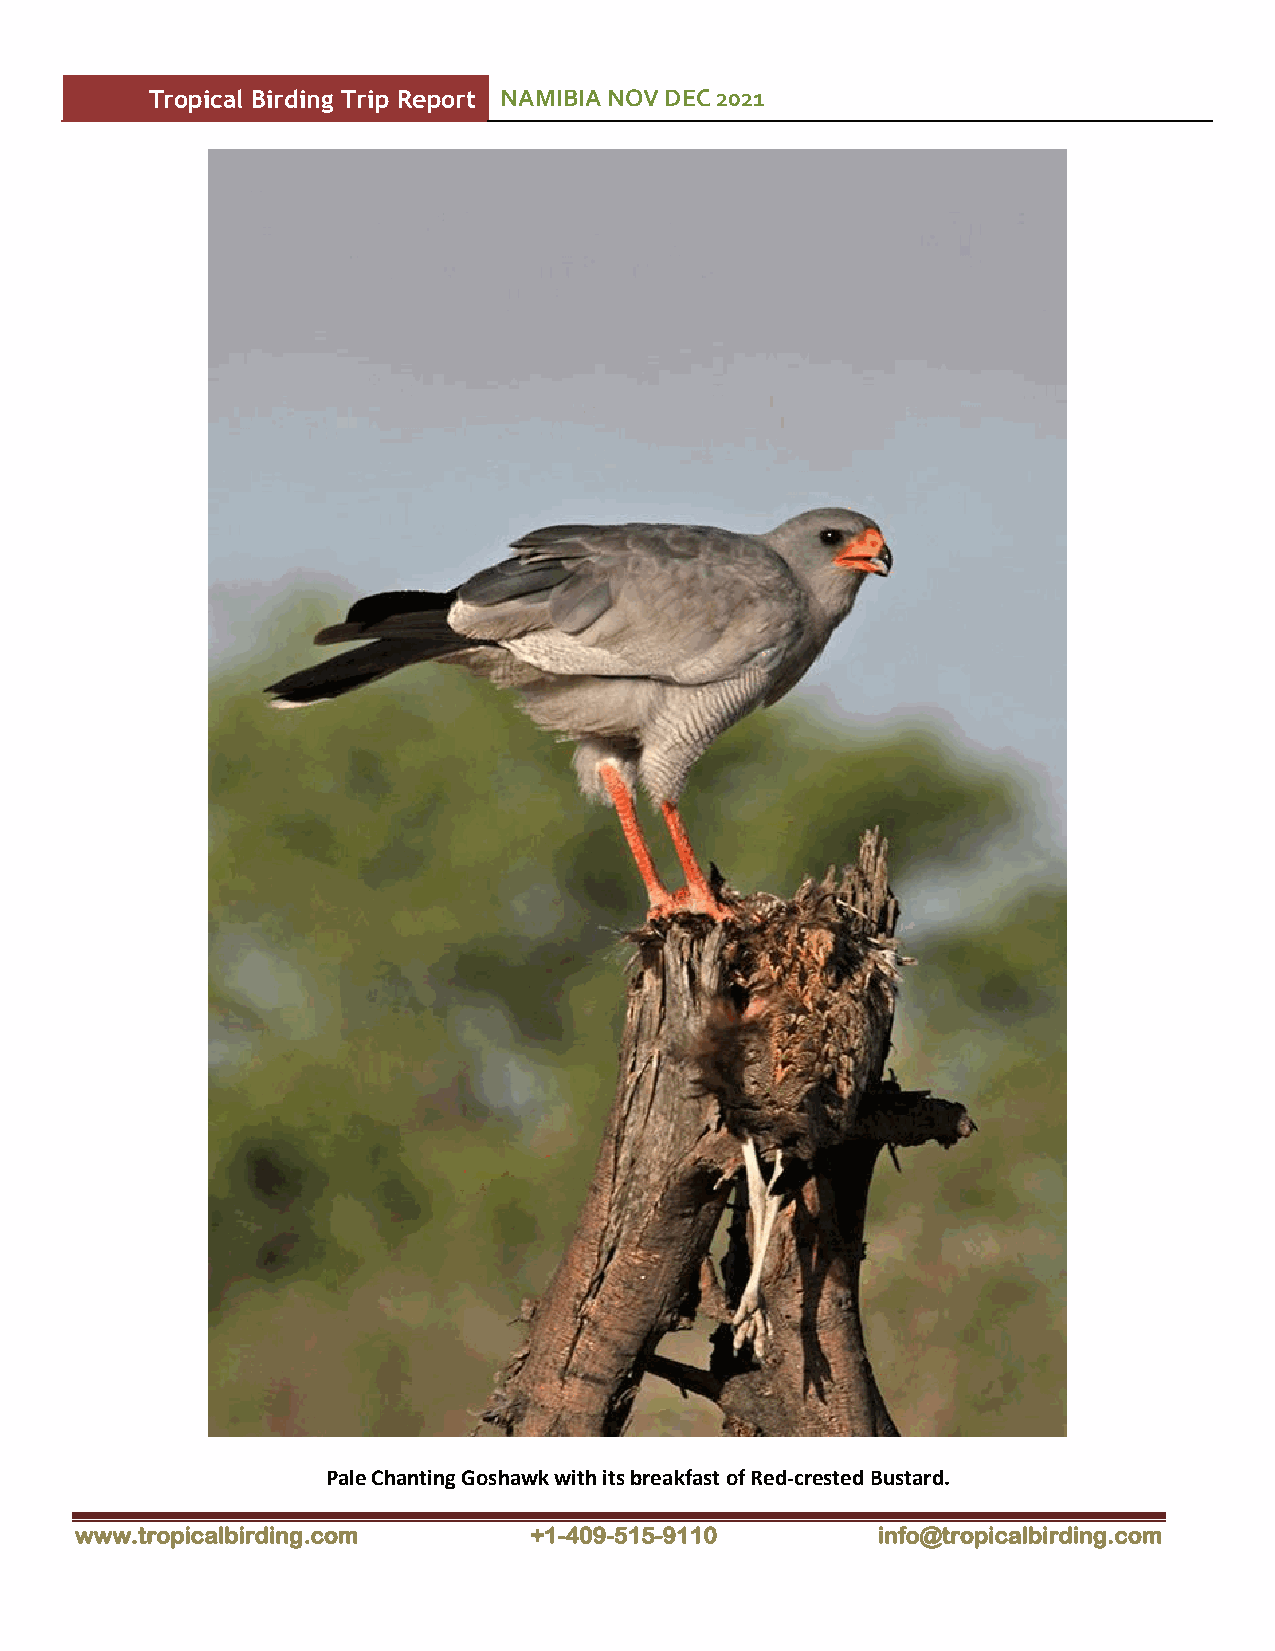
Tropical Birding Trip Report NAMIBIA NOV DEC 2021
 Pale Chanting Goshawk with its breakfast of Red-crested Bustard.
 www.tropicalbirding.com       +1-409-515-9110        info@tropicalbirding.com